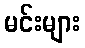
မင်းများ